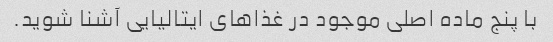
با پنج ماده اصلی موجود در غذاهای ایتالیایی آشنا شوید.